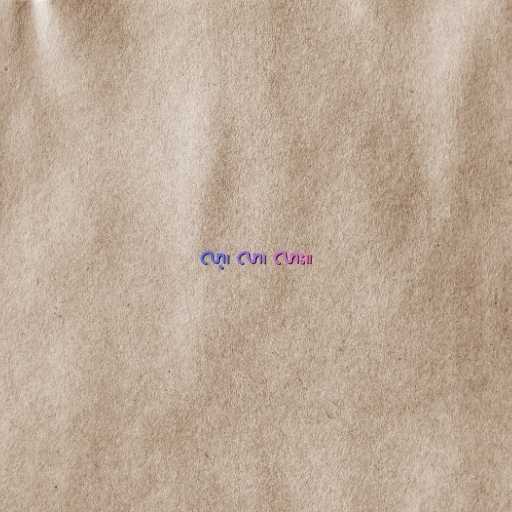
လာ့၊ လာ၊ လား။